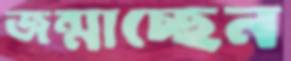
জন্মাচ্ছেন